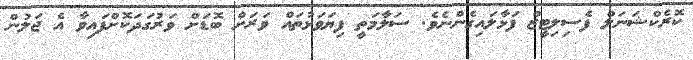
ކޮރެކްޝަނަލް ފެސިލިޓީޒް ފަޅާލައިގެންނެވެ. ސަލާމަތީ ފިޔަވަޅުތައް ވަރަށް ބޮޑަށް ވަރުގަދަކޮށްފައިވާ އެ ޖަލުން